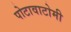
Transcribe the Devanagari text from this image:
पोटावाटोमी